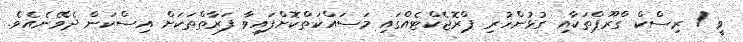
ވީ / ރިސްކް ގްރޫޕްތަކާއި ގުޅުންހުރި ޕްރޮޖެކްޓެއްގައި މަސައްކަތްކޮށްފައިވާ ފަރާތްތަކަށް އިސްކަން ދެވޭނެއެވެ.